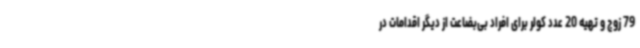
79 زوج و تهیه 20 عدد کولر برای افراد بی‌بضاعت از دیگر اقدامات در